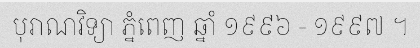
បុរាណវិទ្យា ភ្នំពេញ ឆ្នាំ ១៩៩៦ - ១៩៩៧ ។